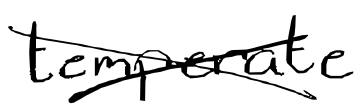
Text: temperate
Cross-out: cross
Writing tool: digital_black